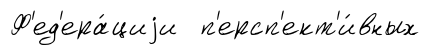
Ф'ед'ера́циjи п'ерсп'ект'и́вных